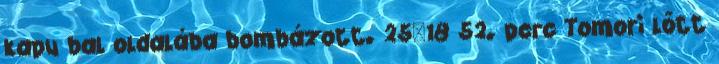
kapu bal oldalába bombázott. 25–18 52. perc Tomori lőtt